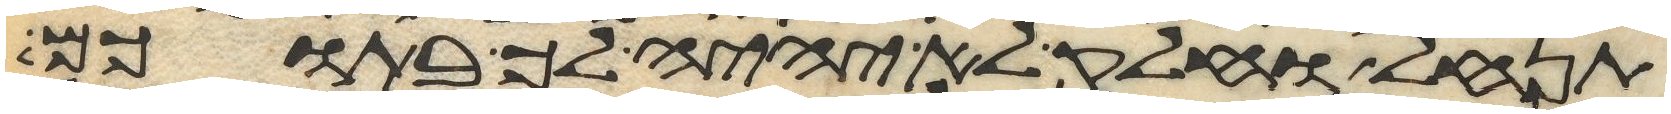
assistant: תנחל וחלק לא יהיה לך בתוכם